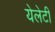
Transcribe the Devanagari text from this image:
येलेटी